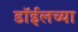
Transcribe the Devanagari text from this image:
डाॅईलच्या